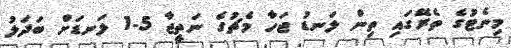
މިނެޓުގެ ތެރޭގައި ތިން ލަނޑު ޖަހާ މެޗުގެ ނަތީޖާ 5-1 ލަނޑަށް ބަދަލު